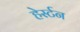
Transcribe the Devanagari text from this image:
हेर्स्टन